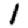
Digit: 1